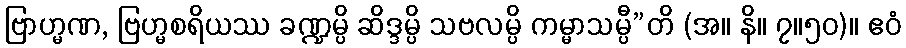
ဗြာဟ္မဏ, ဗြဟ္မစရိယဿ ခဏ္ဍမ္ပိ ဆိဒ္ဒမ္ပိ သဗလမ္ပိ ကမ္မာသမ္ပီ”တိ (အ။ နိ။ ၇။၅၀)။ ဧဝံ